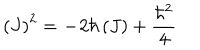
\left( J \right) ^ { 2 } = \mathbf { - } 2 \hbar \left( J \right) + \frac { \hbar ^ { 2 } } { 4 }